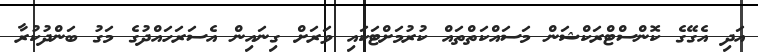
އަދި އެގޭގެ ކޮންސްޓްރަކްޝަން މަސައްކަތްތައް ކުރުމަށްޓަކައި ވަރަށް ގިނައިން އެސަރަހައްދުގެ މަގު ބަންދުކުރާ